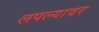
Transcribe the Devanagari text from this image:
लपल्यावर